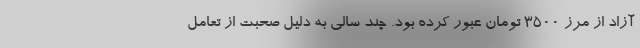
آزاد از مرز ۳۵۰۰ تومان عبور کرده بود. چند سالی به دلیل صحبت از تعامل